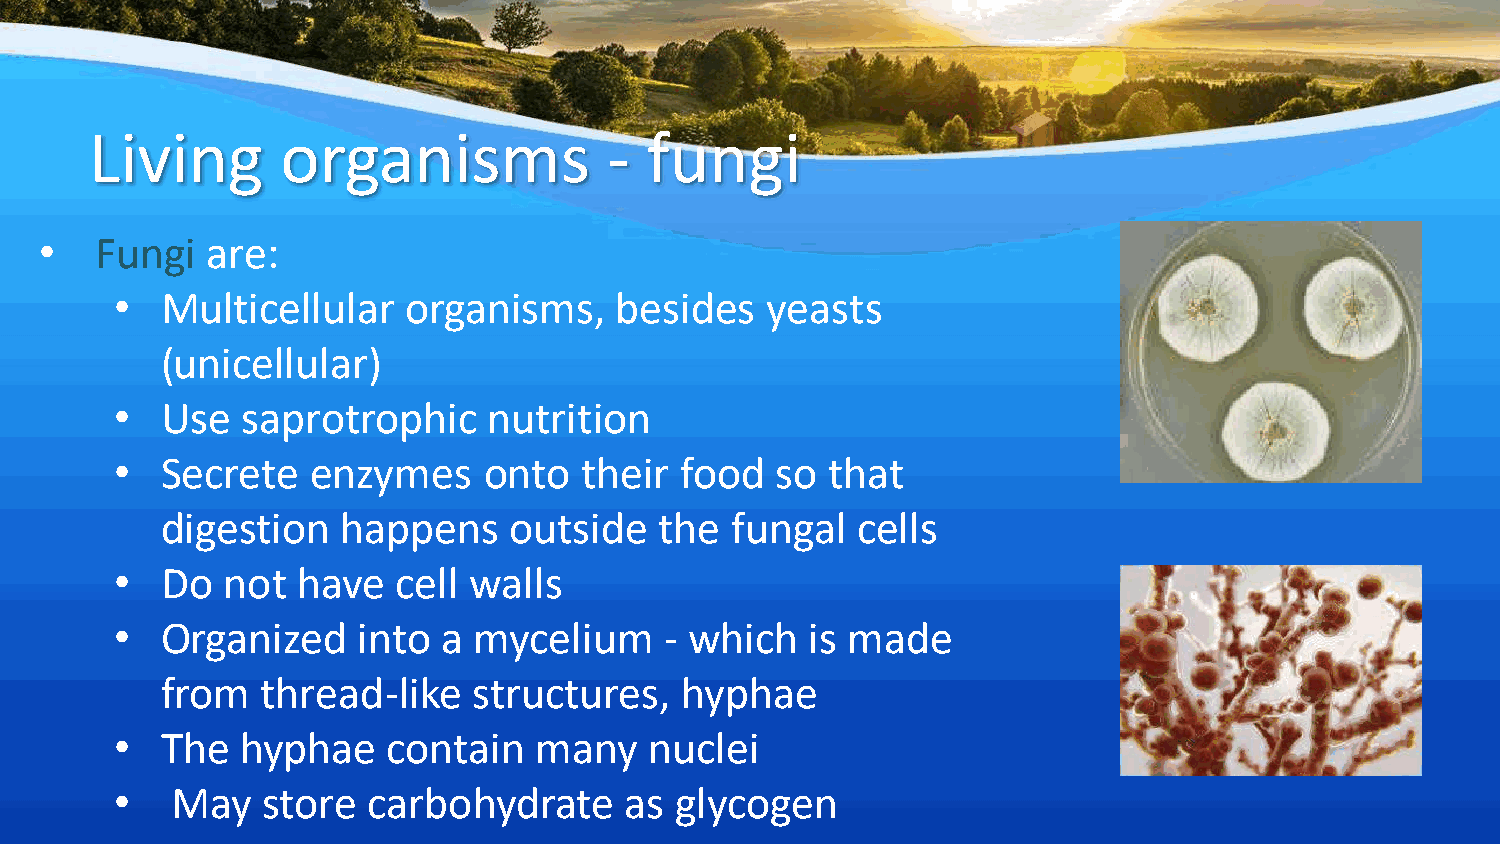
Living       organisms            -  fungi
 •  Fungi   are:
 •  Multicellular   organisms,    besides   yeasts
 (unicellular)
 •  Use  saprotrophic    nutrition
 •  Secrete   enzymes    onto  their  food  so  that
 digestion   happens    outside   the fungal   cells
 •  Do  not  have  cell walls
 •  Organized    into a mycelium     - which   is made
 from  thread-like   structures,   hyphae
 •  The  hyphae    contain  many    nuclei
 •  May   store  carbohydrate     as  glycogen